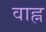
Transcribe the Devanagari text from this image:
वाह्न